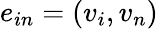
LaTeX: e_{in}=(v_{i},v_{n})